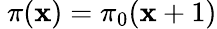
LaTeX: ~\pi(\mathbf{x})=\pi_{0}(\mathbf{x}+1)